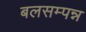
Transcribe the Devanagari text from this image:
बलसम्पन्न